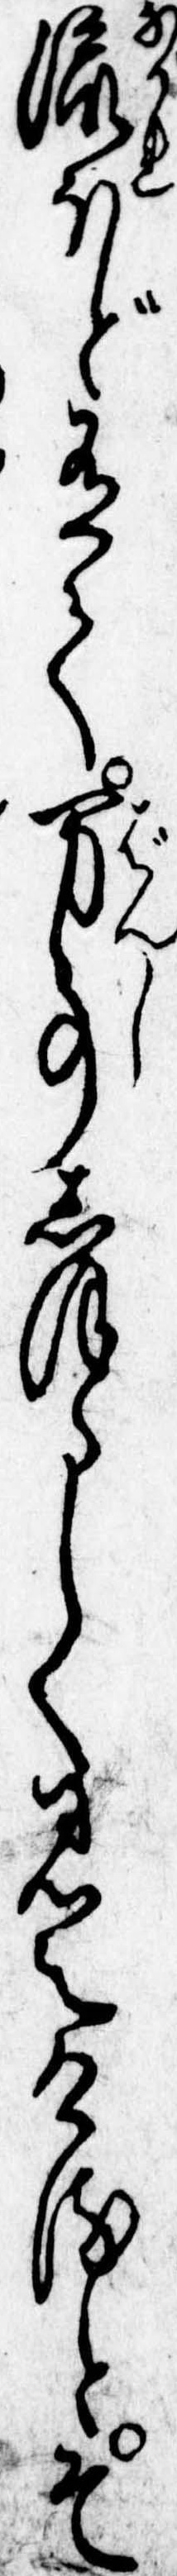
流ほど有て万事しほらしく見えけるとそ